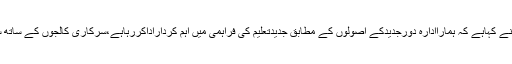
04 مئی2018ء) ہمالیہ کالج آف سائنس اینڈ ٹیکنالوجی کے ڈائریکٹرسکندرحیات نے کہاہے کہ ہماراادارہ دورجدیدکے اصولوں کے مطابق جدیدتعلیم کی فراہمی میں اہم کرداراداکررہاہے،سرکاری کالجوں کے ساتھ ساتھ ہماراادارہ ٹیکنکل ایجوکیشن کے میدان میں اپنی خدمات سرانجام دے رہاہے ۔